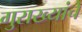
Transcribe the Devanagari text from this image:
गुराख्यांचे